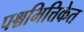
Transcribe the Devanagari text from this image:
पश्चभित्तिकेत